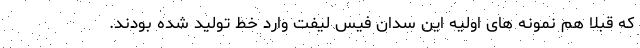
که قبلا هم نمونه های اولیه این سدان فیس لیفت وارد خط تولید شده بودند.